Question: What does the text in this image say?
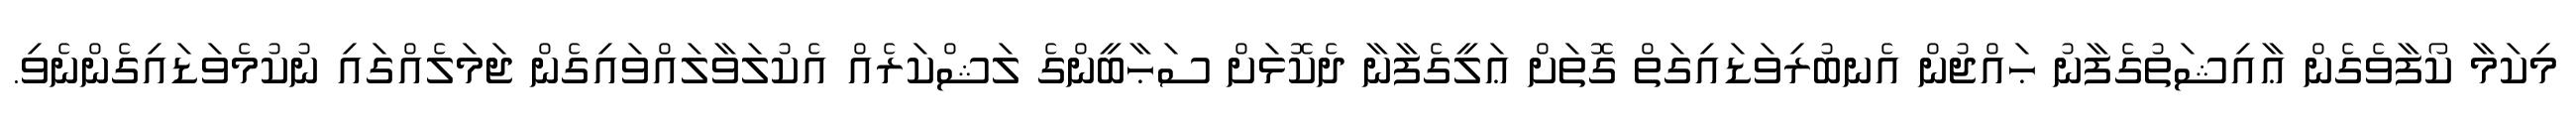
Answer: މިކަމާ ކޯފާވެގެން ޢާއިޝަތުގެފާނު ޙައްޖުން އެނބުރިވަޑައިގަތް ގޮތަށް ޢަލީގެފާނާ ދެކޮޅަށް ސަޙާބީންގެ ލަޝްކަރެއް އެކުލަވާލައްވައިގެން ޖަމަލެއްގައި ނުކުމެވަޑައިގެންނެވި.